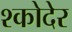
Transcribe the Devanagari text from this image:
श्कोदेर